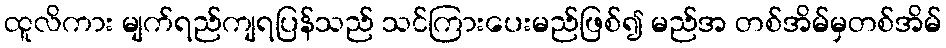
ထူလိကား မျက်ရည်ကျရပြန်သည် သင်ကြားပေးမည်ဖြစ်၍ မည်အ တစ်အိမ်မှတစ်အိမ်